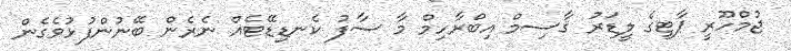
ޖުމްހޫރީ ޕާޓީގެ ލީޑަރު ޤާސިމް އިބްރާހިމް މާ ސާފު ކެނޑިޑޭޓެއް ނެރެން ބޭނުންފުޅުވެގެން